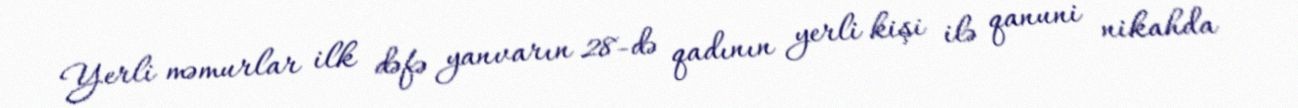
Yerli məmurlar ilk dəfə yanvarın 28-də qadının yerli kişi ilə qanuni nikahda